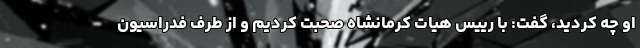
او چه کردید، گفت: با رییس هیات کرمانشاه صحبت کردیم و از طرف فدراسیون